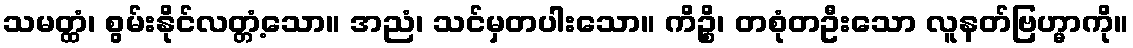
သမတ္ထံ၊ စွမ်းနိုင်လတ္တံ့သော။ အညံ၊ သင်မှတပါးသော။ ကိဉ္စိ၊ တစုံတဦးသော လူနတ်ဗြဟ္မာကို။